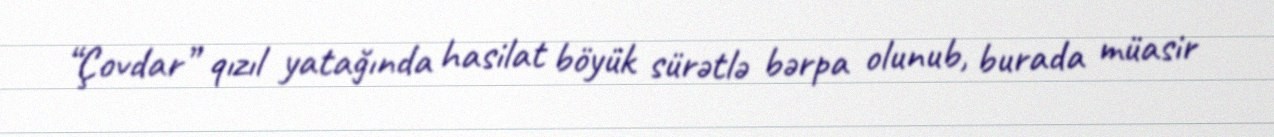
“Çovdar” qızıl yatağında hasilat böyük sürətlə bərpa olunub, burada müasir